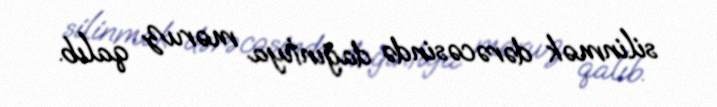
silinmək dərəcəsində dağıntıya məruz qalıb.